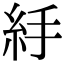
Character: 𥾹